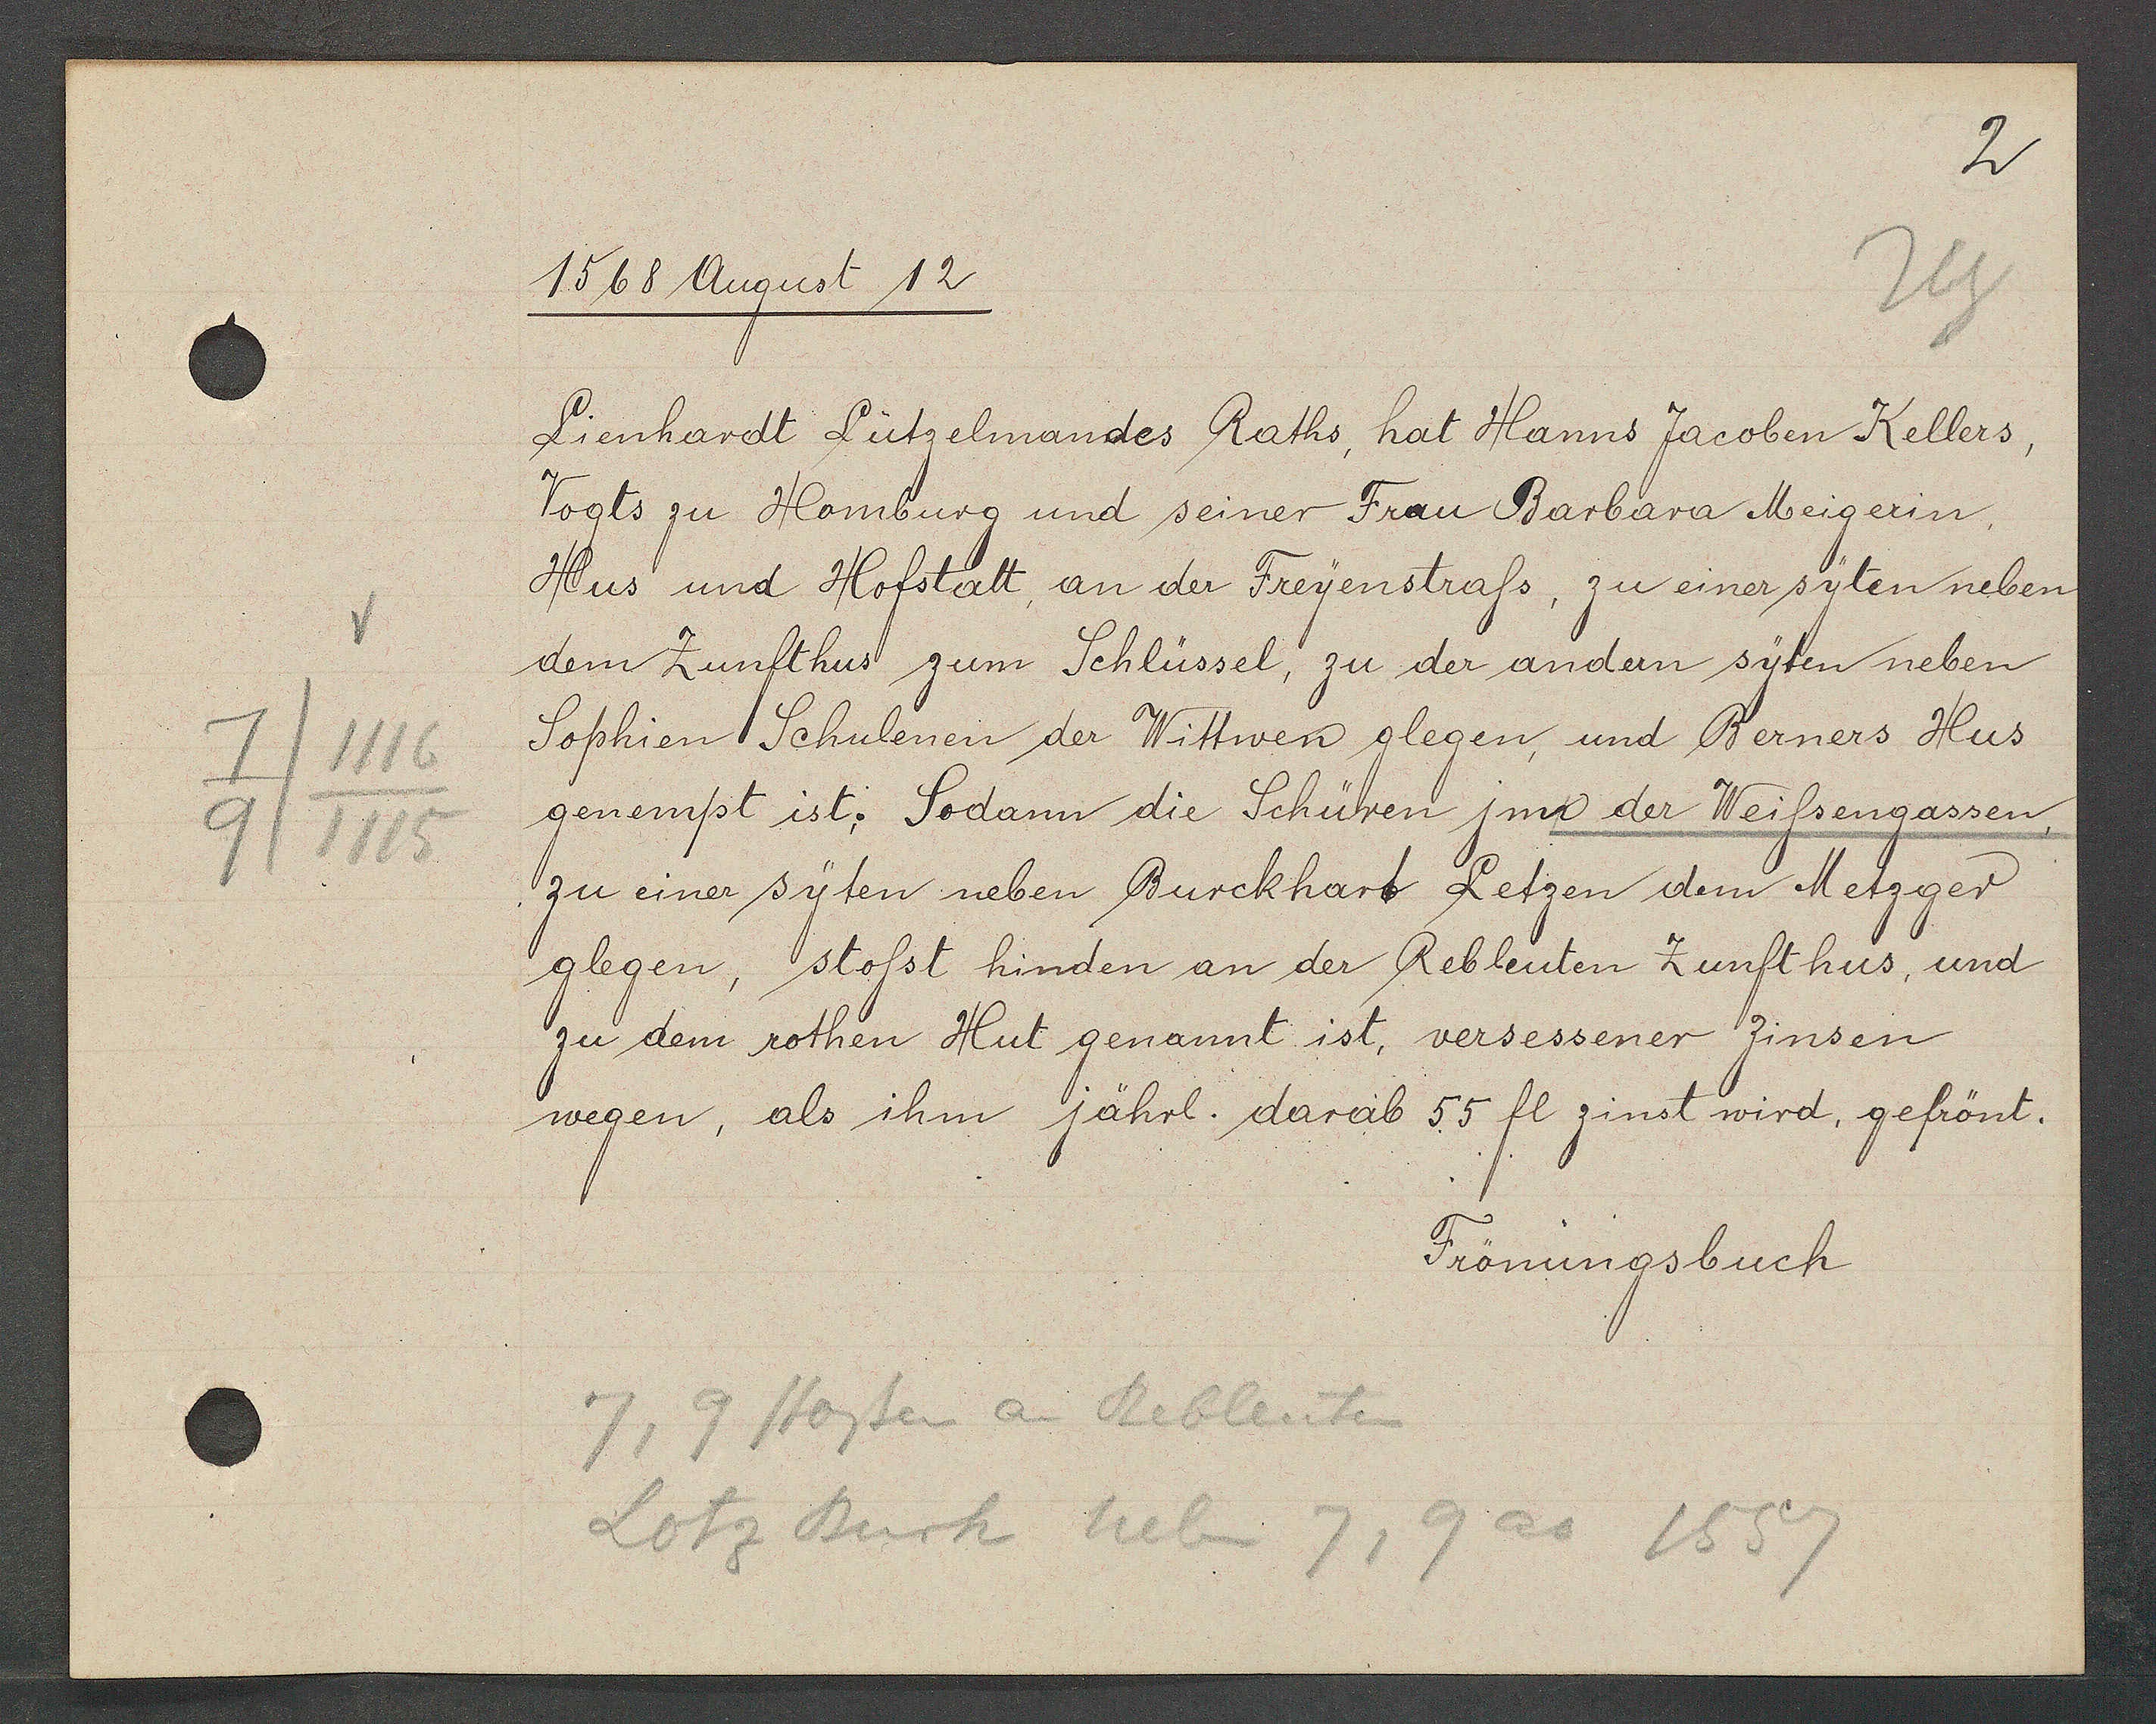
Transcript:
7/1116
7/1115

1568 August 12
Lienhardt Lützelmandes Raths, hat Hanns Jacoben Kellers
Vogts zu Homburg und seiner Frau Barbara Meigerin,
Hus und Hofstatt, an der Freyenstrass, zu einer syten neben
dem Zunfthus zum Schlüssel, zu der andern syten neben
Sophien Schulenen der Wittwen glegen, und Berners Hus
genempt ist. Sodann die Schüren jnn der Weissengassen,
zu einer syten neben Burckhart Letzen dem Metzger
glegen, stosst, hinden an der Rebleuten Zunft hus, und
zu dem rothen Hut genannt ist, versessener Zinsen
wegen, als ihm jährl. darab 55 fl zinst wird, gefrönt.

Frönungsbuch

7,9 stossen an Rebleuten
Lotz Burk neben 7,
9 as 1557